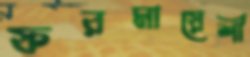
ফরমায়েশী